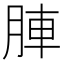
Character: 𮝁